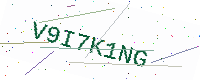
Text: V9I7K1NG